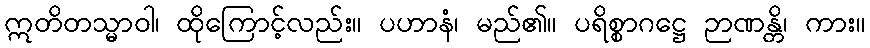
ဣတိတသ္မာဝါ၊ ထိုကြောင့်လည်း။ ပဟာနံ၊ မည်၏။ ပရိစ္စာဂဋ္ဌေ ဉာဏန္တိ၊ ကား။